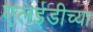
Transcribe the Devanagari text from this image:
एल्ईडीच्या